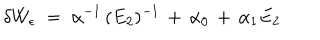
\delta W _ { \epsilon } \; = \; \alpha ^ { - 1 } \, ( E _ { 2 } ) ^ { - 1 } \, + \, \alpha _ { 0 } \, + \, \alpha _ { 1 } E _ { 2 }